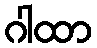
ဂါထာ